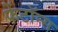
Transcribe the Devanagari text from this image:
फेंटॉन्स